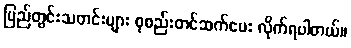
ပြည်တွင်းသတင်းများ စုစည်းတင်ဆက်ပေး လိုက်ရပါတယ်။